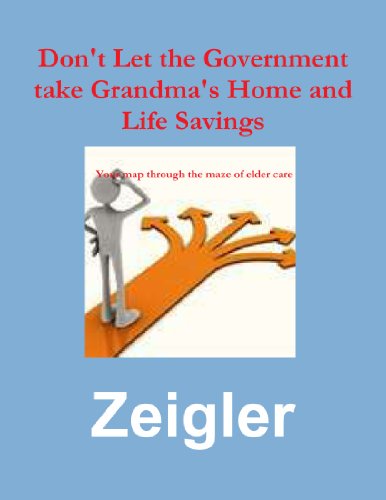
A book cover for Don'T Let The Government Take Grandma'S Home And Life Savings; Jim "Zig" Zeigler; Law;